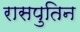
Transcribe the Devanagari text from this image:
रासपुतिन